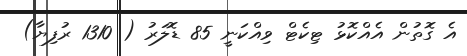
އެ ގޮތުން އެއްކޮޅު ޓިކެޓް ވިއްކަނީ 85 ޑޮލަރު ( 1310 ރުފިޔާ)